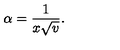
\alpha = { \frac { 1 } { x \sqrt { v } } } .